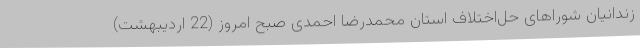
زندانیان شوراهای حل‌اختلاف استان محمدرضا احمدی صبح امروز (22 اردیبهشت)